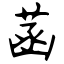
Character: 菡